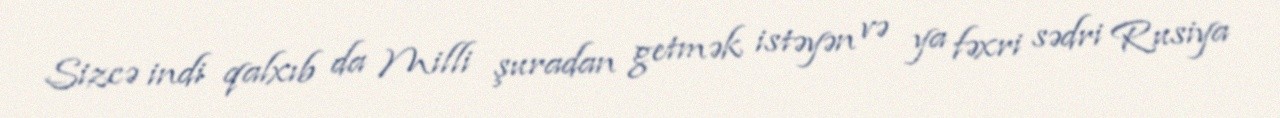
Sizcə indi qalxıb da Milli şuradan getmək istəyən və ya fəxri sədri Rusiya